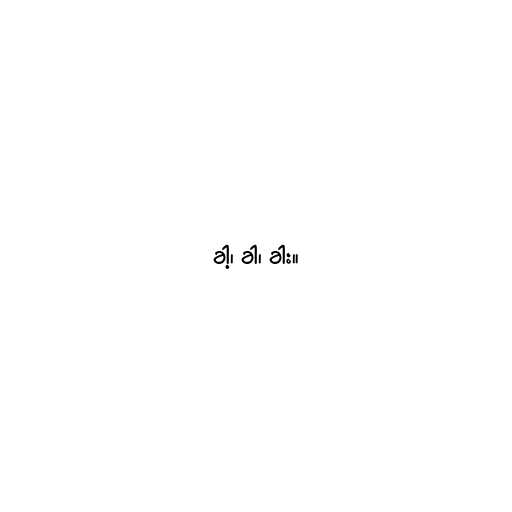
ခါ့၊ ခါ၊ ခါး။